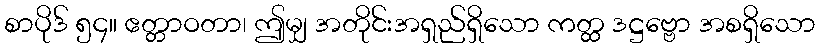
စာပိုဒ် ၅၄။ ဧတ္တာဝတာ၊ ဤမျှ အတိုင်းအရှည်ရှိသော ကတ္ထ ဒဋ္ဌဗ္ဗော အစရှိသော